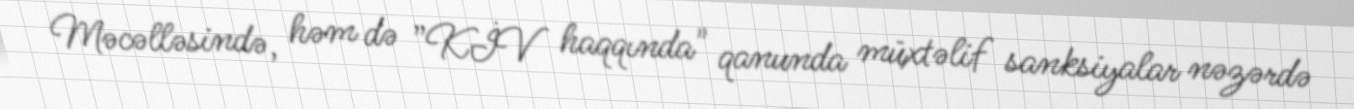
Məcəlləsində, həm də ”KİV haqqında" qanunda müxtəlif sanksiyalar nəzərdə